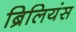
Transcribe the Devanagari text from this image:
ब्रिलियंस